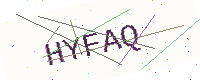
Text: HYFAQ